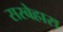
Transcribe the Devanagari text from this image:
सरबेहारा